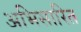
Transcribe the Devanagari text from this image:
अभिसारित